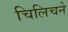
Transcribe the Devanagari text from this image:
चिलिचने